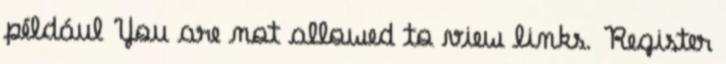
például You are not allowed to view links. Register